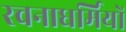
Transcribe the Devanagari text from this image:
रचनाधर्मियों